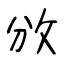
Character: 攽